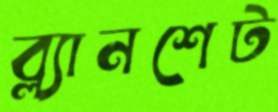
ব্ল্যানশেট